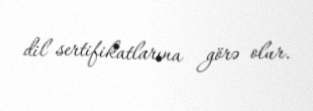
dil sertifikatlarına görə olur.